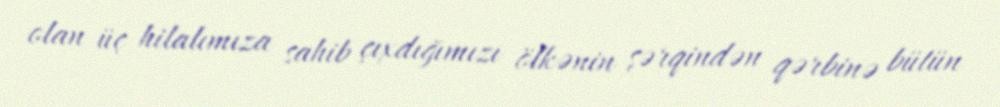
olan üç hilalımıza sahib çıxdığımızı ölkənin şərqindən qərbinə bütün